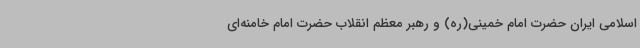
اسلامی ایران حضرت امام خمینی(ره) و رهبر معظم انقلاب حضرت امام خامنه‌ای